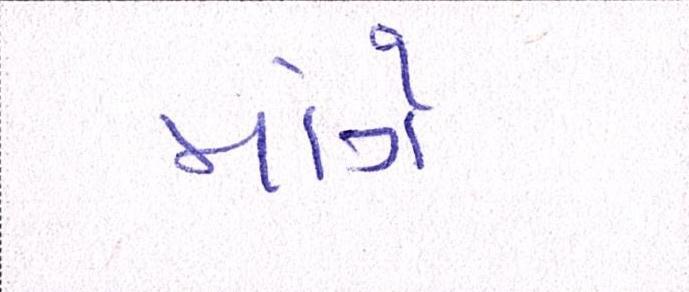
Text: માંગે